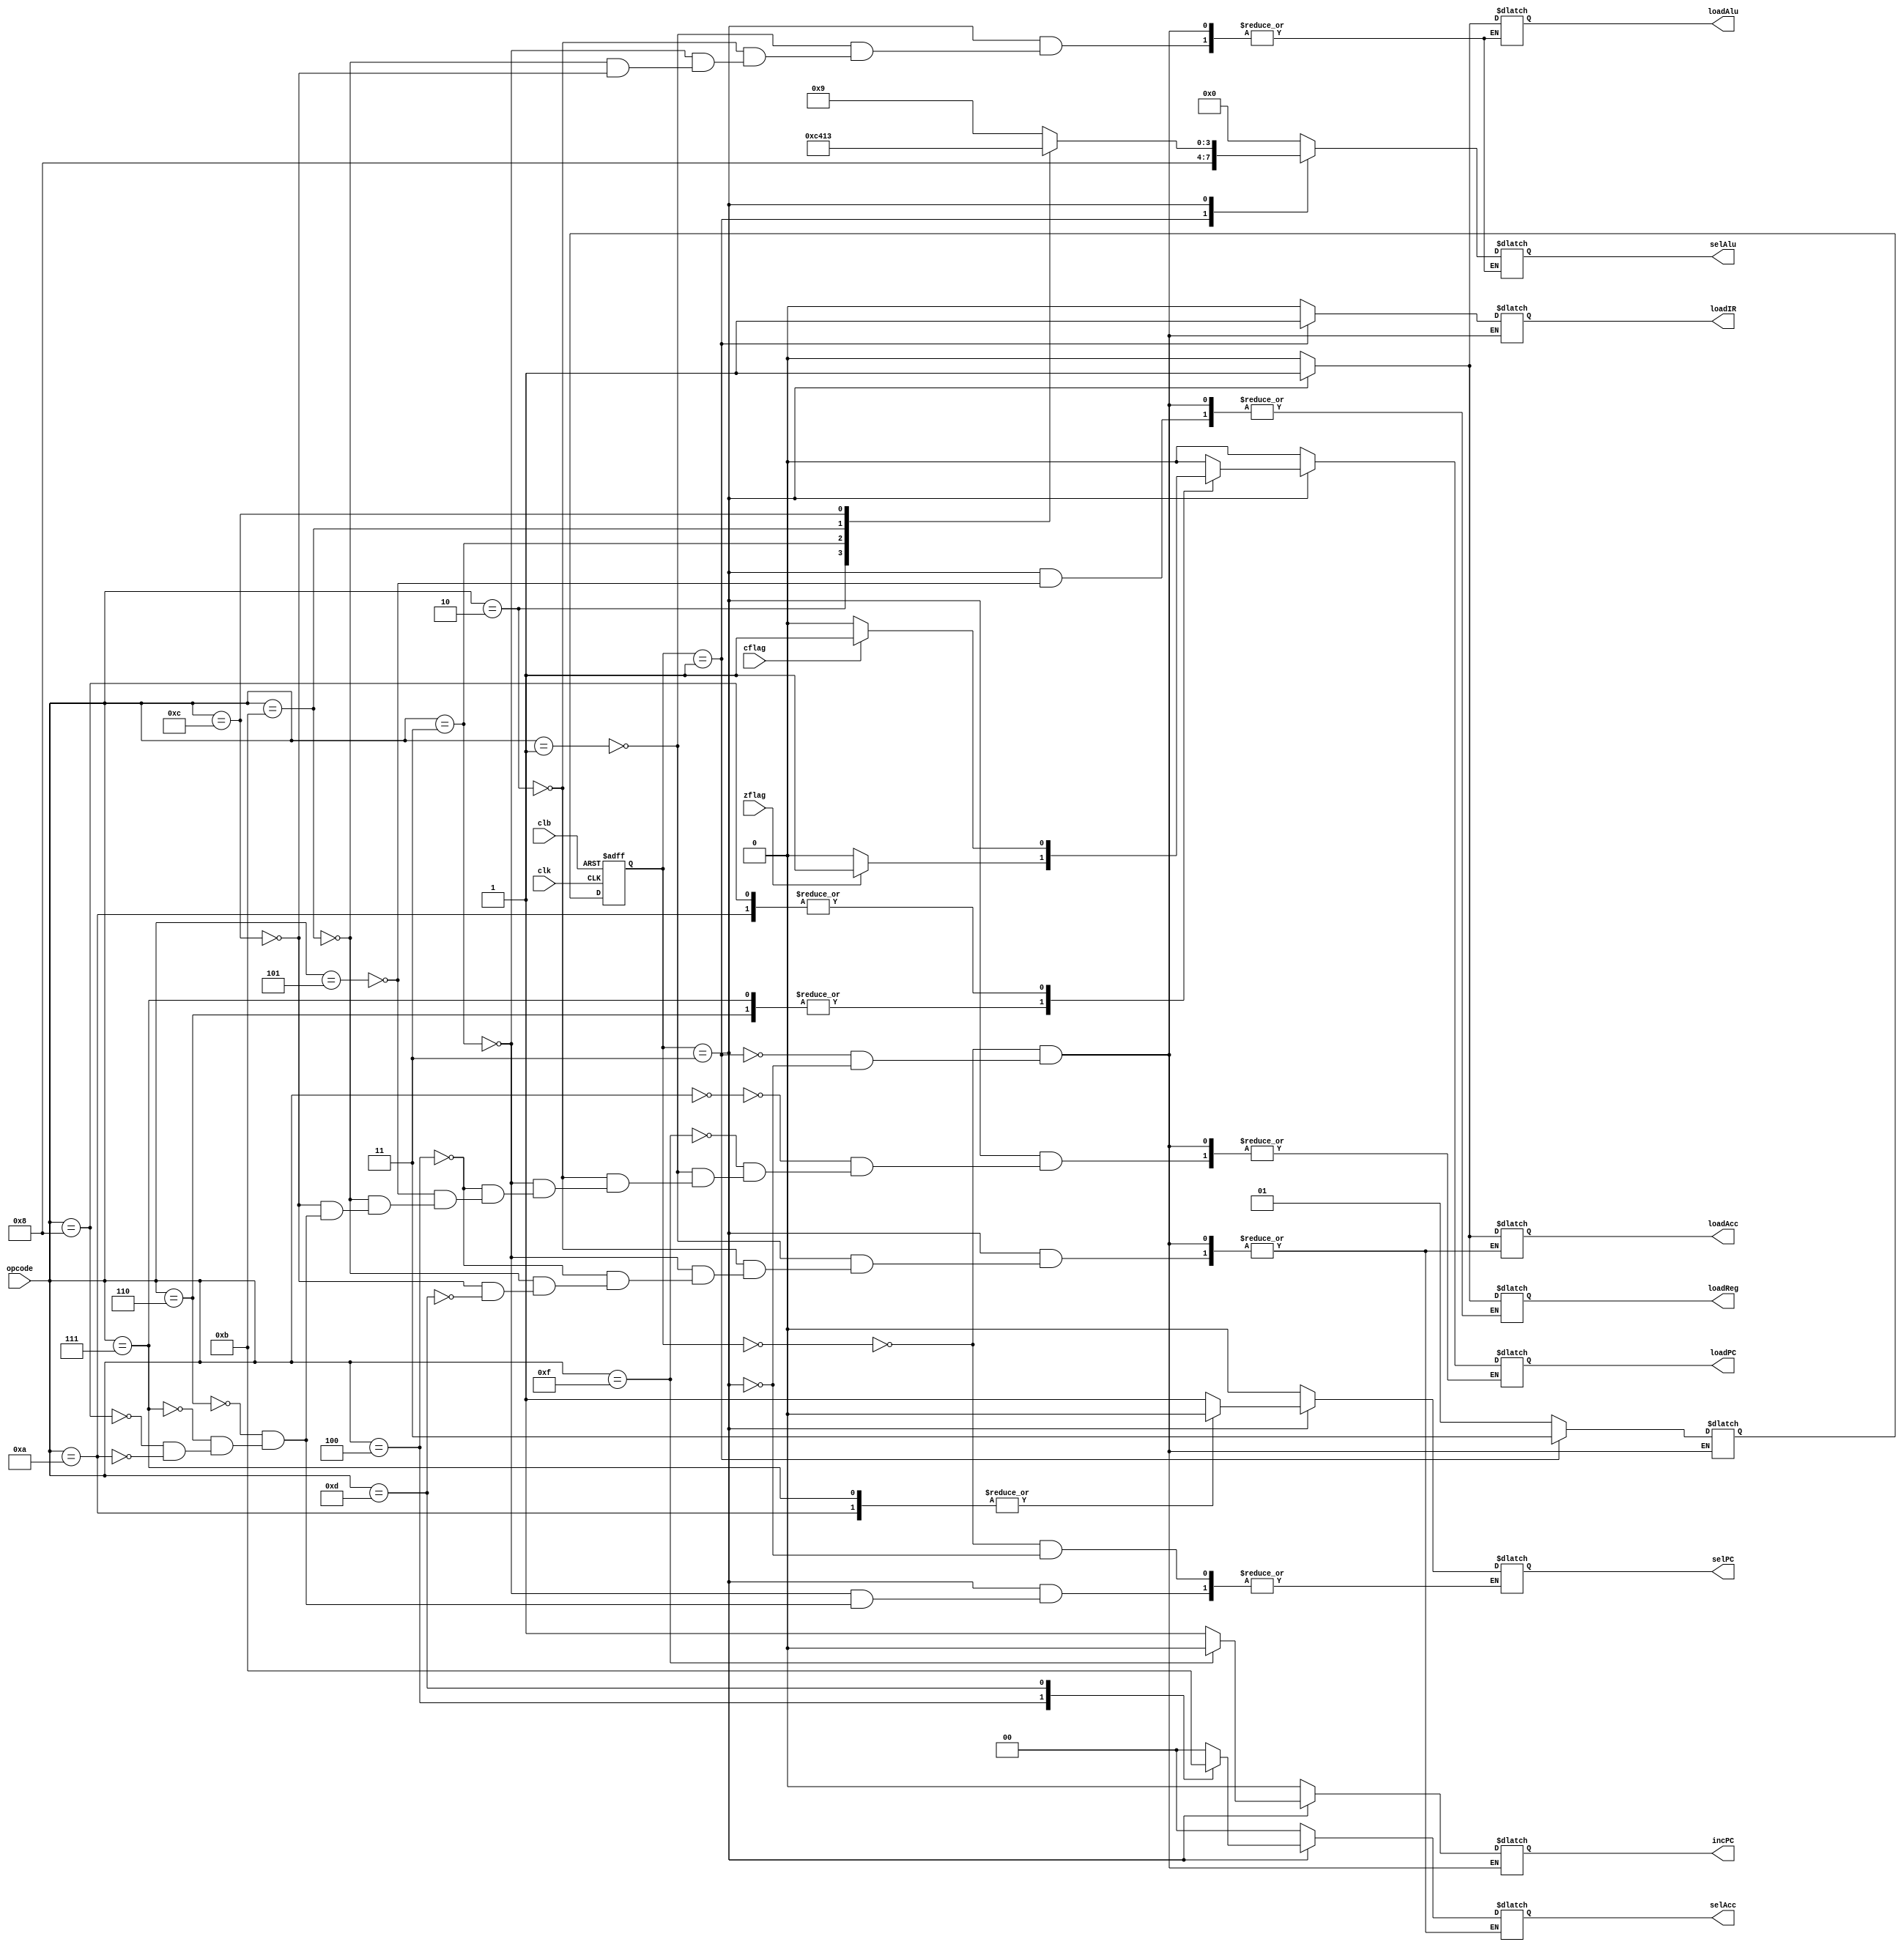
// Controller FSM
module controller(
    input wire zflag,
    input wire cflag,
    input wire clk,
    input wire clb,
    input wire [3:0] opcode,
    output reg loadIR,
    output reg incPC,
    output reg selPC,
    output reg loadPC,
    output reg loadReg,
    output reg loadAcc,
    output reg loadAlu,
    output reg [1:0] selAcc,
    output reg [3:0] selAlu
);

parameter INITIAL=2'b00, FETCH=2'b01, EXECUTE=2'b11;

reg [1:0] current_state, next_state;
always @(negedge clb or posedge clk) begin
    if (clb==0)
        current_state <= INITIAL;
    else
        current_state <= next_state;
end

always @(*) begin
    case(current_state)
        INITIAL: begin
            {incPC, selPC, loadPC} <= 0;
            {loadReg, loadAcc, loadIR, loadAlu} <= 0;
            {selAcc, selAlu} <= 0;
            // loadIR <= 1;
            next_state <= FETCH;
        end
        FETCH: begin
            loadPC <= 0;
            incPC <= 0;
            {loadAcc, loadReg} <= 0;
            selAcc <= 2'b0;  
            loadAlu <= 0;
            loadIR <= 1;
            selAlu <= 4'b1000; // aluout stay still
            next_state <= EXECUTE;
        end
        EXECUTE: begin
            incPC <= 1;
            // loadPC <= 0;
            // {loadIR, loadAcc} <= 2'b01;
            loadIR <= 0;
            case(opcode)
                4'b0000: begin //NOP
                    loadPC <= 0;
                    incPC <= 1;
                end
                4'b1111: begin //HALT
                    loadPC <= 0;
                    incPC <= 0;
                end
                4'b0001: begin //ADD
                    selAlu <= 4'b1001; // 4'b10x1
                    selAcc <= 2'b00;  // 2'b0x
                    // selPC <= 1;  
                    loadPC <= 0;
                    loadAcc <= 1;
                    loadAlu <= 1;
                    // loadReg <= 1;
                end
                4'b0010: begin //SUB
                    selAlu <= 4'b1100; //4'b11xx
                    selAcc <= 2'b00; //2'b0x
                    // selPC <= 1;  
                    loadPC <= 0;
                    loadAcc <= 1;
                    loadAlu <= 1;
                end
                4'b0011: begin //NOR
                    selAlu <= 4'b0100; //4'b01xx
                    selAcc <= 2'b00; //2'b0x
                    selPC <= 1;           
                    loadPC <= 0;
                    loadAcc <= 1;
                    loadAlu <= 1;
                end
                4'b0100: begin //MOV REG2ACC
                    // selPC <= 1;              
                    loadPC <= 0;
                    selAcc <= 2'b10;
                    loadAcc <= 1;
                end
                4'b0101: begin //MOV ACC2REG
                    // selPC <= 1;              
                    loadPC <= 0;
                    loadReg <= 1;
                end
                4'b1011: begin //SHL
                    selAlu <= 4'b0001;
                    selAcc <= 2'b00; // 2'b0x       
                    loadPC <= 0;
                    loadAcc <= 1;
                    loadAlu <= 1;
                end
                4'b1100: begin //SHR
                    selAlu <= 4'b0011;
                    selAcc <= 2'b00; // 2'b0x
                    loadPC <= 0;   
                    loadAcc <= 1;    
                    loadAlu <= 1;    
                end
                4'b1101: begin //LDIMM
                    selAcc <= 2'b11;
                    loadAcc <= 1;
                    // selPC <= 0;  
                    // loadPC <= 0;
                end
                4'b0110: begin //JZ rs zflag
                    selPC <= 1;
                    if(zflag == 1)
                        loadPC <= 1;
                    else
                        loadPC <= 0;
                end
                4'b0111: begin //JZ imm zflag
                    selPC <= 0;
                    if(zflag == 1)
                        loadPC <= 1;
                    else
                        loadPC <= 0;
                end
                4'b1000: begin //JC rs cflag
                    if(cflag == 1)
                        loadPC <= 1;
                    else
                        loadPC <= 0;
                    selPC <= 1;
                end
                4'b1010: begin //JC imm cflag
                    if(cflag == 1)
                        loadPC <= 1;
                    else
                        loadPC <= 0;
                    selPC <= 0;
                end
            endcase
            next_state <= FETCH;
        end
    endcase
end
endmodule